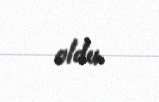
oldu.